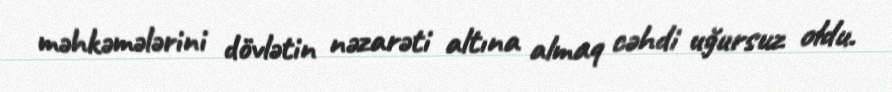
məhkəmələrini dövlətin nəzarəti altına almaq cəhdi uğursuz oldu.